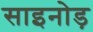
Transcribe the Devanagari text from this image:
साइनोड़